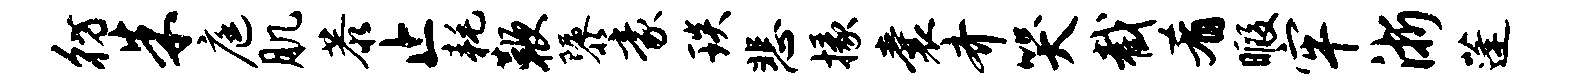
彷朱庭肌恭止耗鞭隳豪琰悲掾囊齐哭截肴暇牢浙蓬